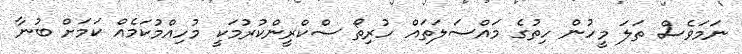
ނަމަވެސް ތަލަ މީހުން ހިތުގެ މައްސަލަތައް ހުރިތޯ ސްކްރީންކުރުމަކީ މުހިއްމުކަމެއް ކަމަށް ބުނާ